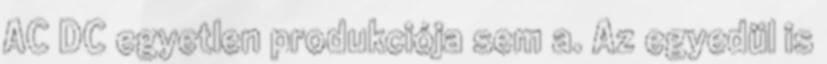
AC DC egyetlen produkciója sem a. Az egyedül is